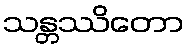
သန္တဿိတော